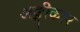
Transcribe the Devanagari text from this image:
अङ्गीकार